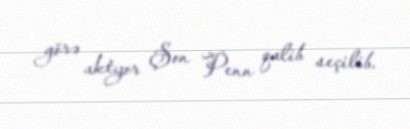
görə aktyor Şon Penn qalib seçilib.